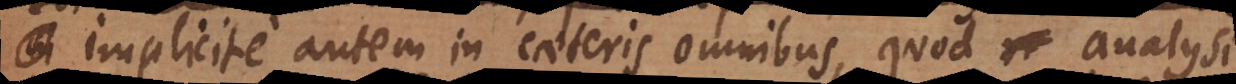
im implicite autem in caeteris omnibus, quod re analysi